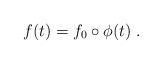
LaTeX: \begin{align*}f(t)=f_0\circ\phi(t)\;.\end{align*}